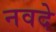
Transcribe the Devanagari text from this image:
नवदे